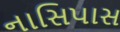
નાસિપાસ